Scottish Leaving Certificate Examination, 1961
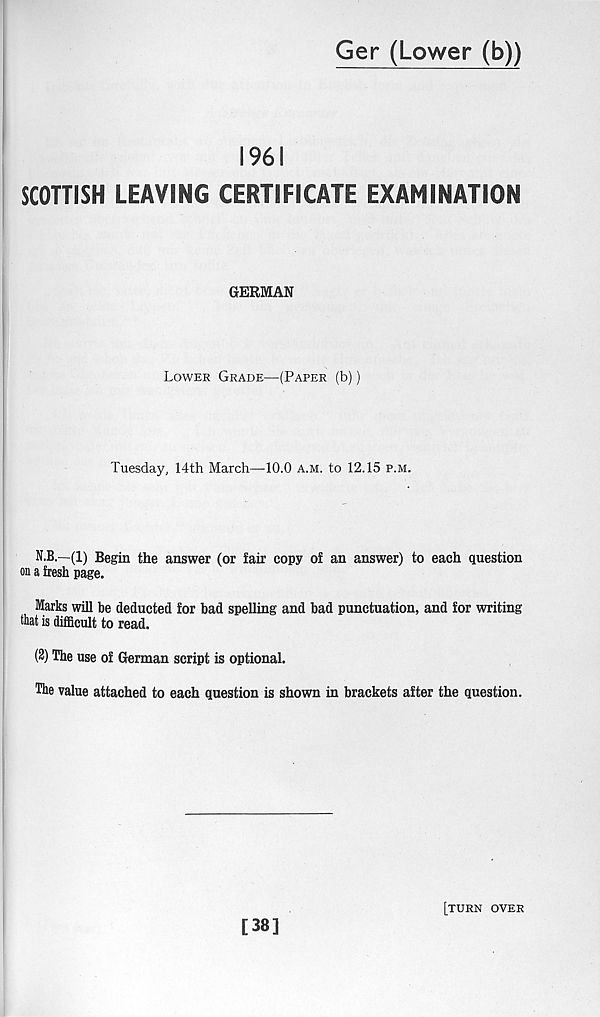
Ger (Lower (b))
1961
SCOTTISH LEAVING CERTIFICATE EXAMINATION
GERMAN
Lower Grade—(Paper (b))
Tuesday, 14th March—10.0 A.M. to 12.15 p.m.
N.B.—(1) Begin the answer (or fair copy of an answer) to each question
on a fresh page.
Marks will be deducted for bad spelling and bad punctuation, and for writing
that is difficult to read.
(2) The use of German script is optional.
The value attached to each question is shown in brackets after the question.
[38]
[turn over